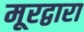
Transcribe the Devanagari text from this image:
मूरद्वारा